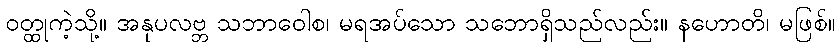
ဝတ္ထုကဲ့သို့။ အနုပလဗ္ဘ သဘာဝေါစ၊ မရအပ်သော သဘောရှိသည်လည်း။ နဟောတိ၊ မဖြစ်။